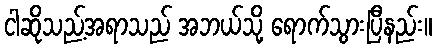
ငါဆိုသည့်အရာသည် အဘယ်သို့ ရောက်သွားပြီနည်း။